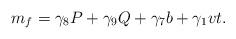
LaTeX: \begin{align*}m_f=\gamma_8 P + \gamma_9 Q + \gamma_7 b + \gamma_1 vt.\end{align*}